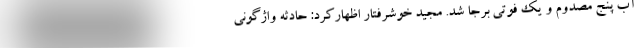
آب پنج مصدوم و یک فوتی برجا شد. مجید خوشرفتار اظهارکرد: حادثه واژگونی